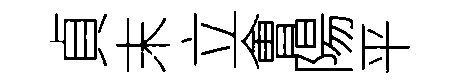
貞末立㑹陽平